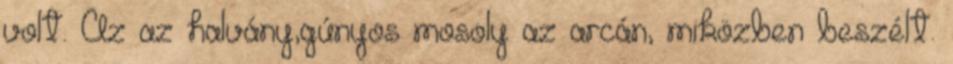
volt. Az az halvány,gúnyos mosoly az arcán, miközben beszélt.